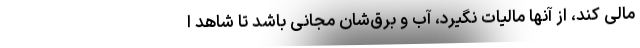
مالی کند، از آنها مالیات نگیرد، آب و برق‌شان مجانی باشد تا شاهد ا